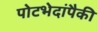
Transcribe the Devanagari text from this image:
पोटभेदांपैकी